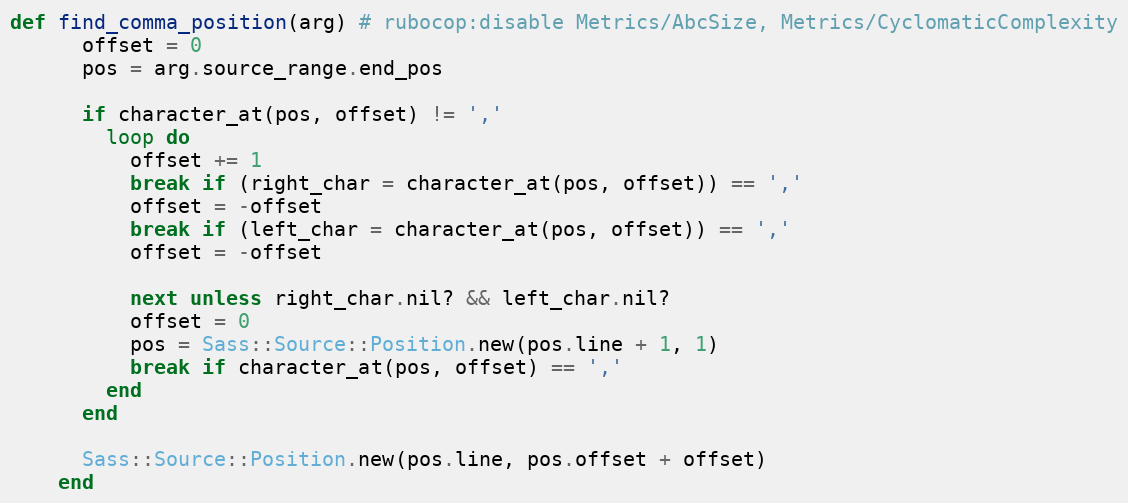
Language: Ruby
def find_comma_position(arg) # rubocop:disable Metrics/AbcSize, Metrics/CyclomaticComplexity
      offset = 0
      pos = arg.source_range.end_pos

      if character_at(pos, offset) != ','
        loop do
          offset += 1
          break if (right_char = character_at(pos, offset)) == ','
          offset = -offset
          break if (left_char = character_at(pos, offset)) == ','
          offset = -offset

          next unless right_char.nil? && left_char.nil?
          offset = 0
          pos = Sass::Source::Position.new(pos.line + 1, 1)
          break if character_at(pos, offset) == ','
        end
      end

      Sass::Source::Position.new(pos.line, pos.offset + offset)
    end